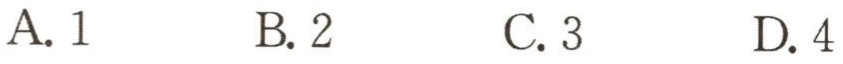
A. 1 \quad B. 2 \quad C. 3 \quad D. 4